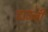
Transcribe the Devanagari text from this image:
दाउजी